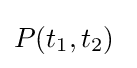
P(t_{1},t_{2})\